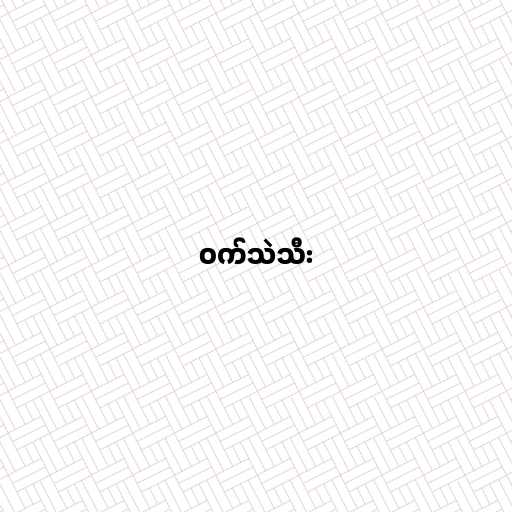
ဝက်သဲသီး